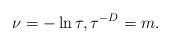
LaTeX: \begin{align*}\nu = -\ln\tau, \tau^{-D} = m.\end{align*}